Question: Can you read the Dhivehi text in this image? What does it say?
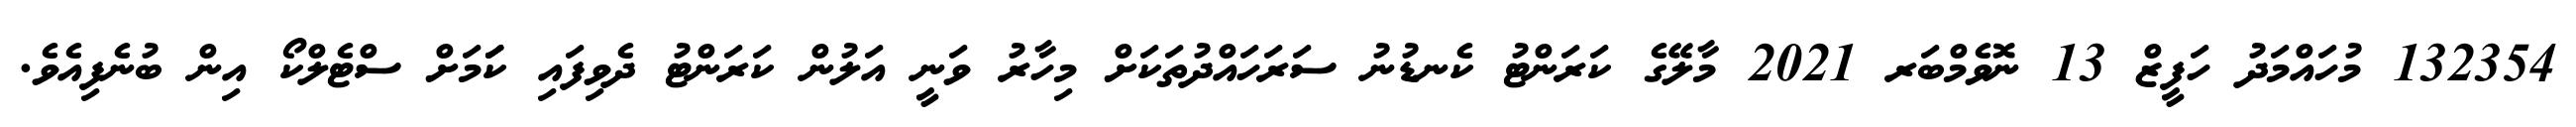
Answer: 132354 މުހައްމަދު ހަފީޒް 13 ނޮވެމްބަރ 2021 މާލޭގެ ކަރަންޓު ކެނޑުނު ސަރަހައްދުތަކަށް މިހާރު ވަނީ އަލުން ކަރަންޓު ދެވިފައި ކަަަމަށް ސްޓެލްކޯ އިން ބުނެފިއެވެ.